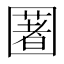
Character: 𡈥